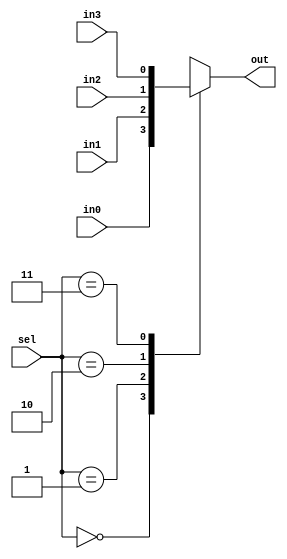
module mux_4to1(sel,in0,in1,in2,in3,out);
    parameter WIDTH=1;
	input[1:0] sel;
	input[WIDTH-1:0] in0,in1,in2,in3;
	output reg[WIDTH-1:0] out;
	
	always@(*)
		case(sel)
	        2'b00: out=in0;
		    2'b01: out=in1;
		    3'b10: out=in2;
		    4'b11: out=in3;
	    endcase
endmodule